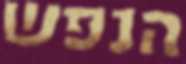
הנפש